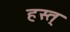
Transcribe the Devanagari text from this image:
हस्त्